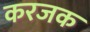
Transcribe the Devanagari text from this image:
करजक